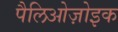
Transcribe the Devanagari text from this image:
पैलिओज़ोइक